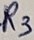
Text: R3